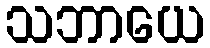
သဘာယေ